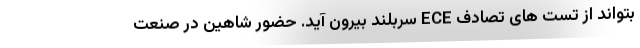
بتواند از تست های تصادف ECE سربلند بیرون آید. حضور شاهین در صنعت